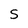
Character: S